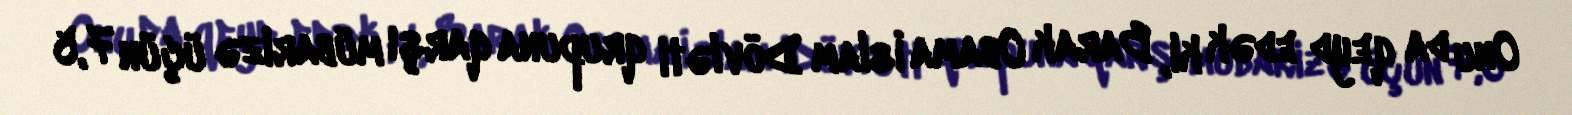
Onu da qeyd edək ki, Barak Obama İslam Dövləti qrupuna qarşı mübarizə üçün 7,5